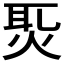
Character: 𤈨